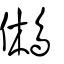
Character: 鵂